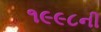
૧૯૯૮ની